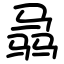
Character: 骉